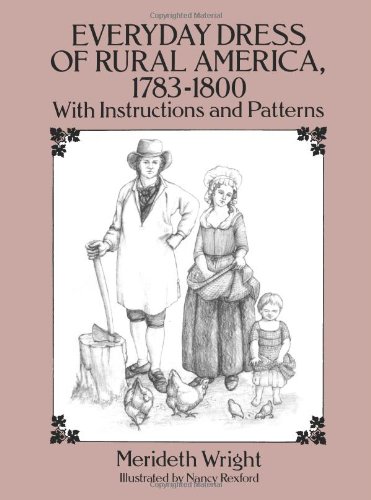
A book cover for Everyday Dress of Rural America, 1783-1800: With Instructions and Patterns (Dover Fashion and Costumes); Merideth Wright; Crafts, Hobbies & Home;